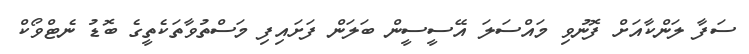
ސަފާ ލަންކާއަށް ފޮނުވި މައްސަލަ އޭސީސީން ބަލަން ފަށައިފި މަސްތުވާތަކެތީގެ ބޮޑު ނެޓްވޯކް